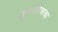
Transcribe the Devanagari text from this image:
गुरुस्तोत्राचा